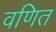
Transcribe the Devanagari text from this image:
वणित